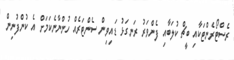
ރެސްޓޯރެންޓަކާއި ބީޗް ކުލަބާއި ފެންވަރު ރަނގަޅު ޑައިވިން ސެންޓަރެއް ހުންނާނެކަމަށް އެ ކުންފުނިން